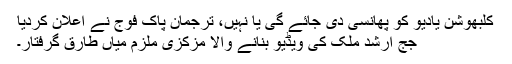
کلبھوشن یادیو کو پھانسی دی جائے گی یا نہیں، ترجمان پاک فوج نے اعلان کردیا
جج ارشد ملک کی ویڈیو بنانے والا مزکزی ملزم میاں طارق گرفتار۔